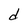
Character: d